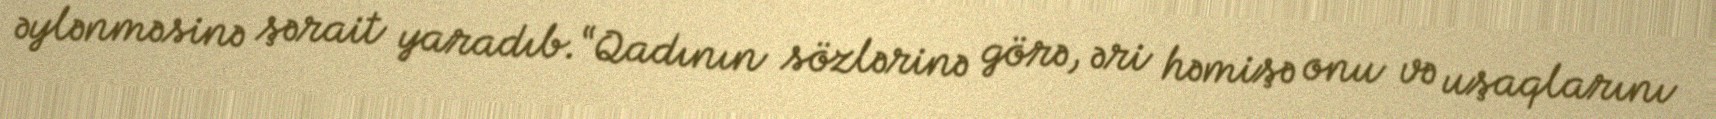
əylənməsinə şərait yaradıb.“Qadının sözlərinə görə, əri həmişə onu və uşaqlarını